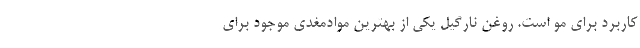
کاربرد برای مو است. روغن نارگیل یکی از بهترین موادمغدی موجود برای